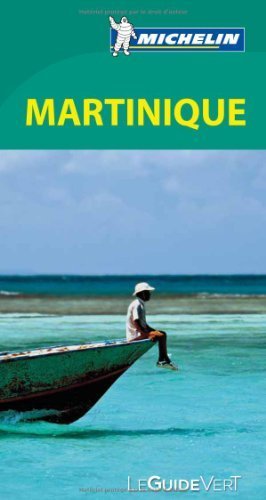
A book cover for Guide vert Martinique [green guide - in French] (French Edition) by Michelin Travel Publications (2014) Paperback; Michelin Travel Publications; Travel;